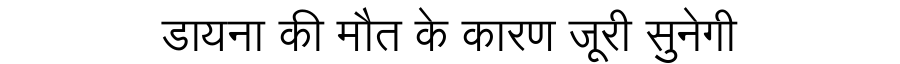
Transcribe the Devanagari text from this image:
डायना की मौत के कारण जूरी सुनेगी